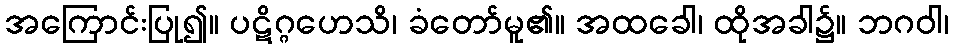
အကြောင်းပြု၍။ ပဋိဂ္ဂဟေသိ၊ ခံတော်မူ၏။ အထခေါ၊ ထိုအခါ၌။ ဘဂဝါ၊